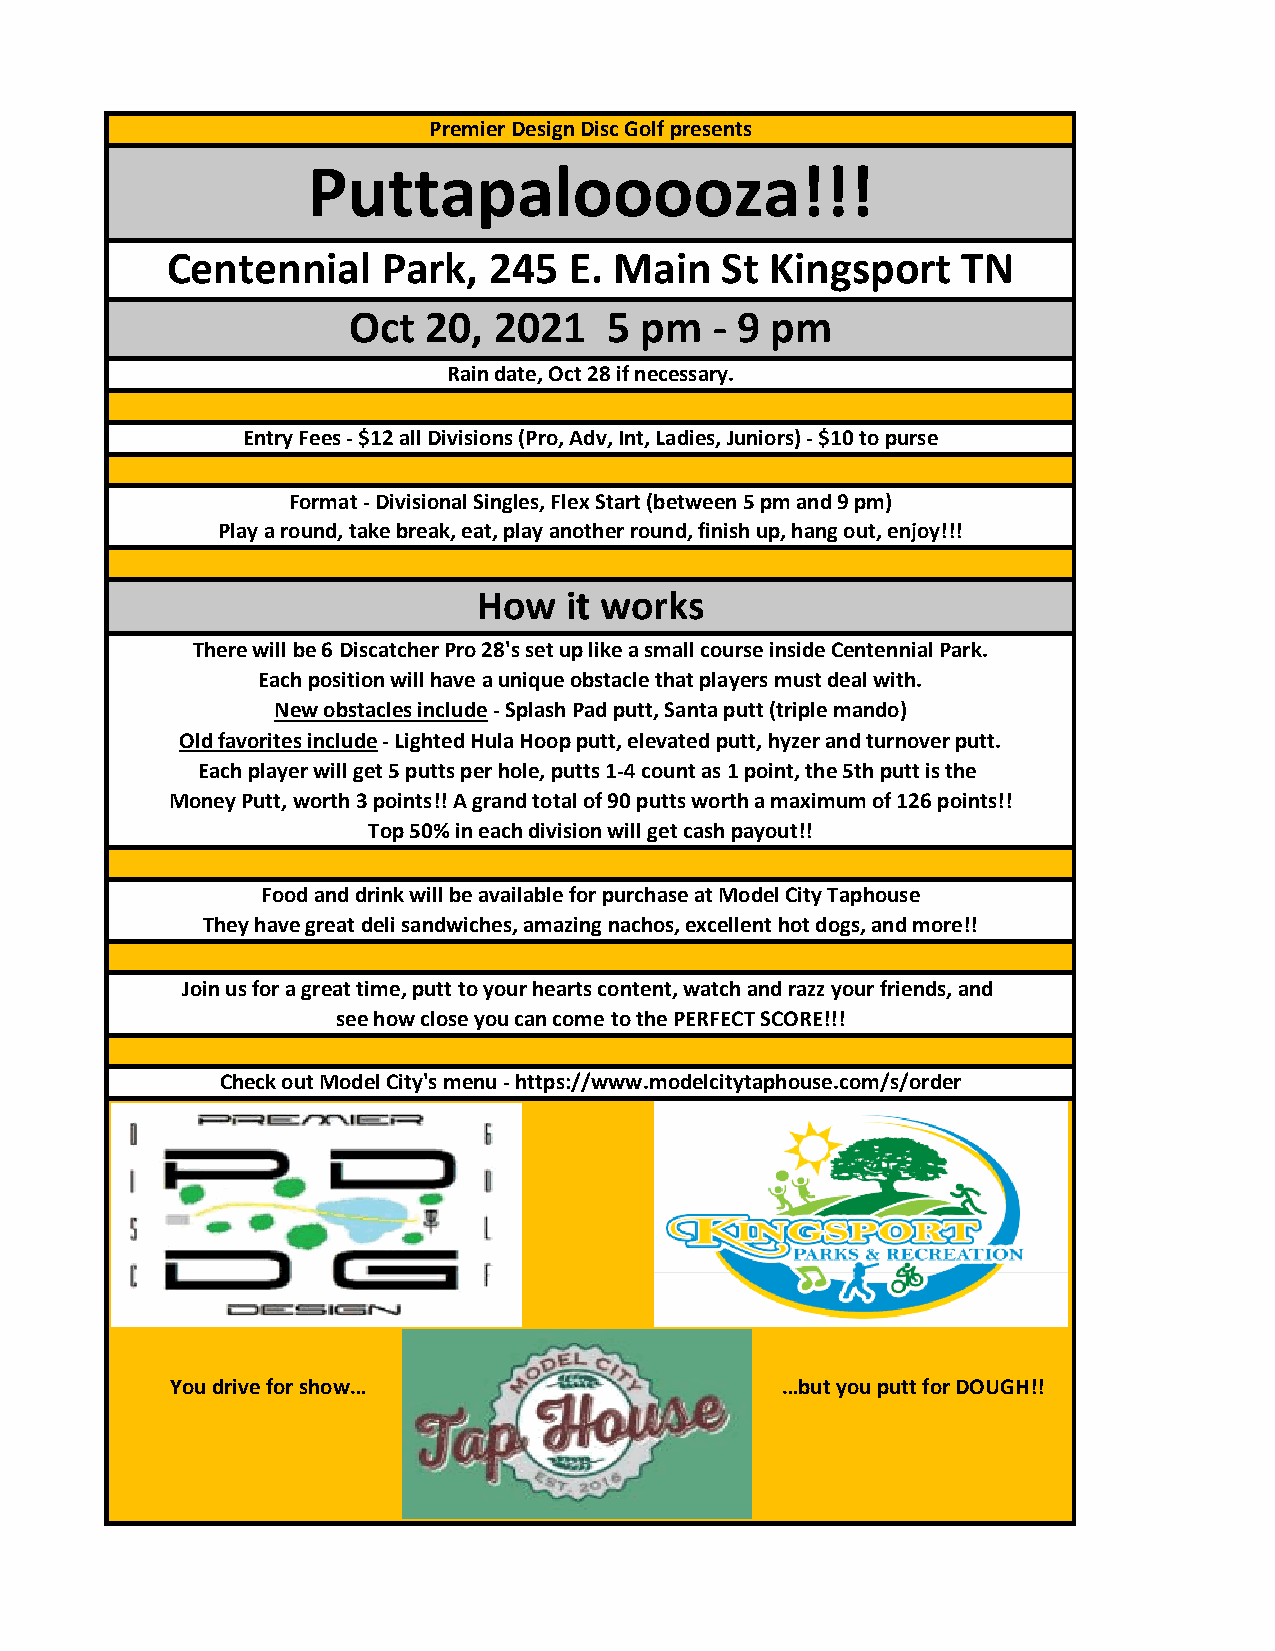
Premier Design Disc Golf presents
 Puttapalooooza!!!
 Centennial    Park,  245   E. Main   St Kingsport    TN
 Oct  20,  2021   5 pm   - 9 pm
 Rain date, Oct 28 if necessary.
 Entry Fees - $12 all Divisions (Pro, Adv, Int, Ladies, Juniors) - $10 to purse
 Format - Divisional Singles, Flex Start (between 5 pm and 9 pm)
 Play a round, take break, eat, play another round, finish up, hang out, enjoy!!!
 How  it works
 There will be 6 Discatcher Pro 28's set up like a small course inside Centennial Park.
 Each position will have a unique obstacle that players must deal with.
 New obstacles include - Splash Pad putt, Santa putt (triple mando)
 Old favorites include - Lighted Hula Hoop putt, elevated putt, hyzer and turnover putt.
 Each player will get 5 putts per hole, putts 1-4 count as 1 point, the 5th putt is the
 Money Putt, worth 3 points!! A grand total of 90 putts worth a maximum of 126 points!!
 Top 50% in each division will get cash payout!!
 Food and drink will be available for purchase at Model City Taphouse
 They have great deli sandwiches, amazing nachos, excellent hot dogs, and more!!
 Join us for a great time, putt to your hearts content, watch and razz your friends, and
 see how close you can come to the PERFECT SCORE!!!
 Check out Model City's menu - https://www.modelcitytaphouse.com/s/order
 You drive for show…                      …but you putt for DOUGH!!